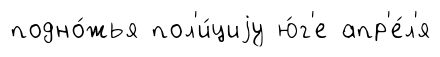
подно́жья пол'и́циjу ю́г'е апр'е́л'я